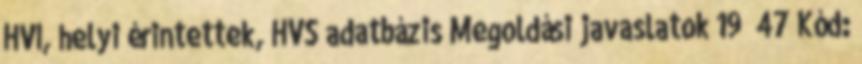
HVI, helyi érintettek, HVS adatbázis Megoldási javaslatok 19 47 Kód: